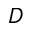
D